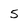
Character: 5